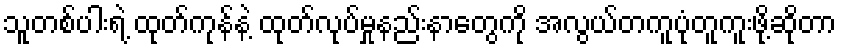
သူတစ်ပါးရဲ့ ထုတ်ကုန်နဲ့ ထုတ်လုပ်မှုနည်းနာတွေကို အလွယ်တကူပုံတူကူးဖို့ဆိုတာ